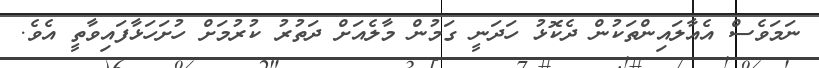
ނަމަވެސް އެއާލައިންތަކުން ދެކޮޅު ހަދަނީ ގަމުން މާލެއަށް ދަތުރު ކުރުމަށް ހުށަހަޅާފައިވާތީ އެވެ.